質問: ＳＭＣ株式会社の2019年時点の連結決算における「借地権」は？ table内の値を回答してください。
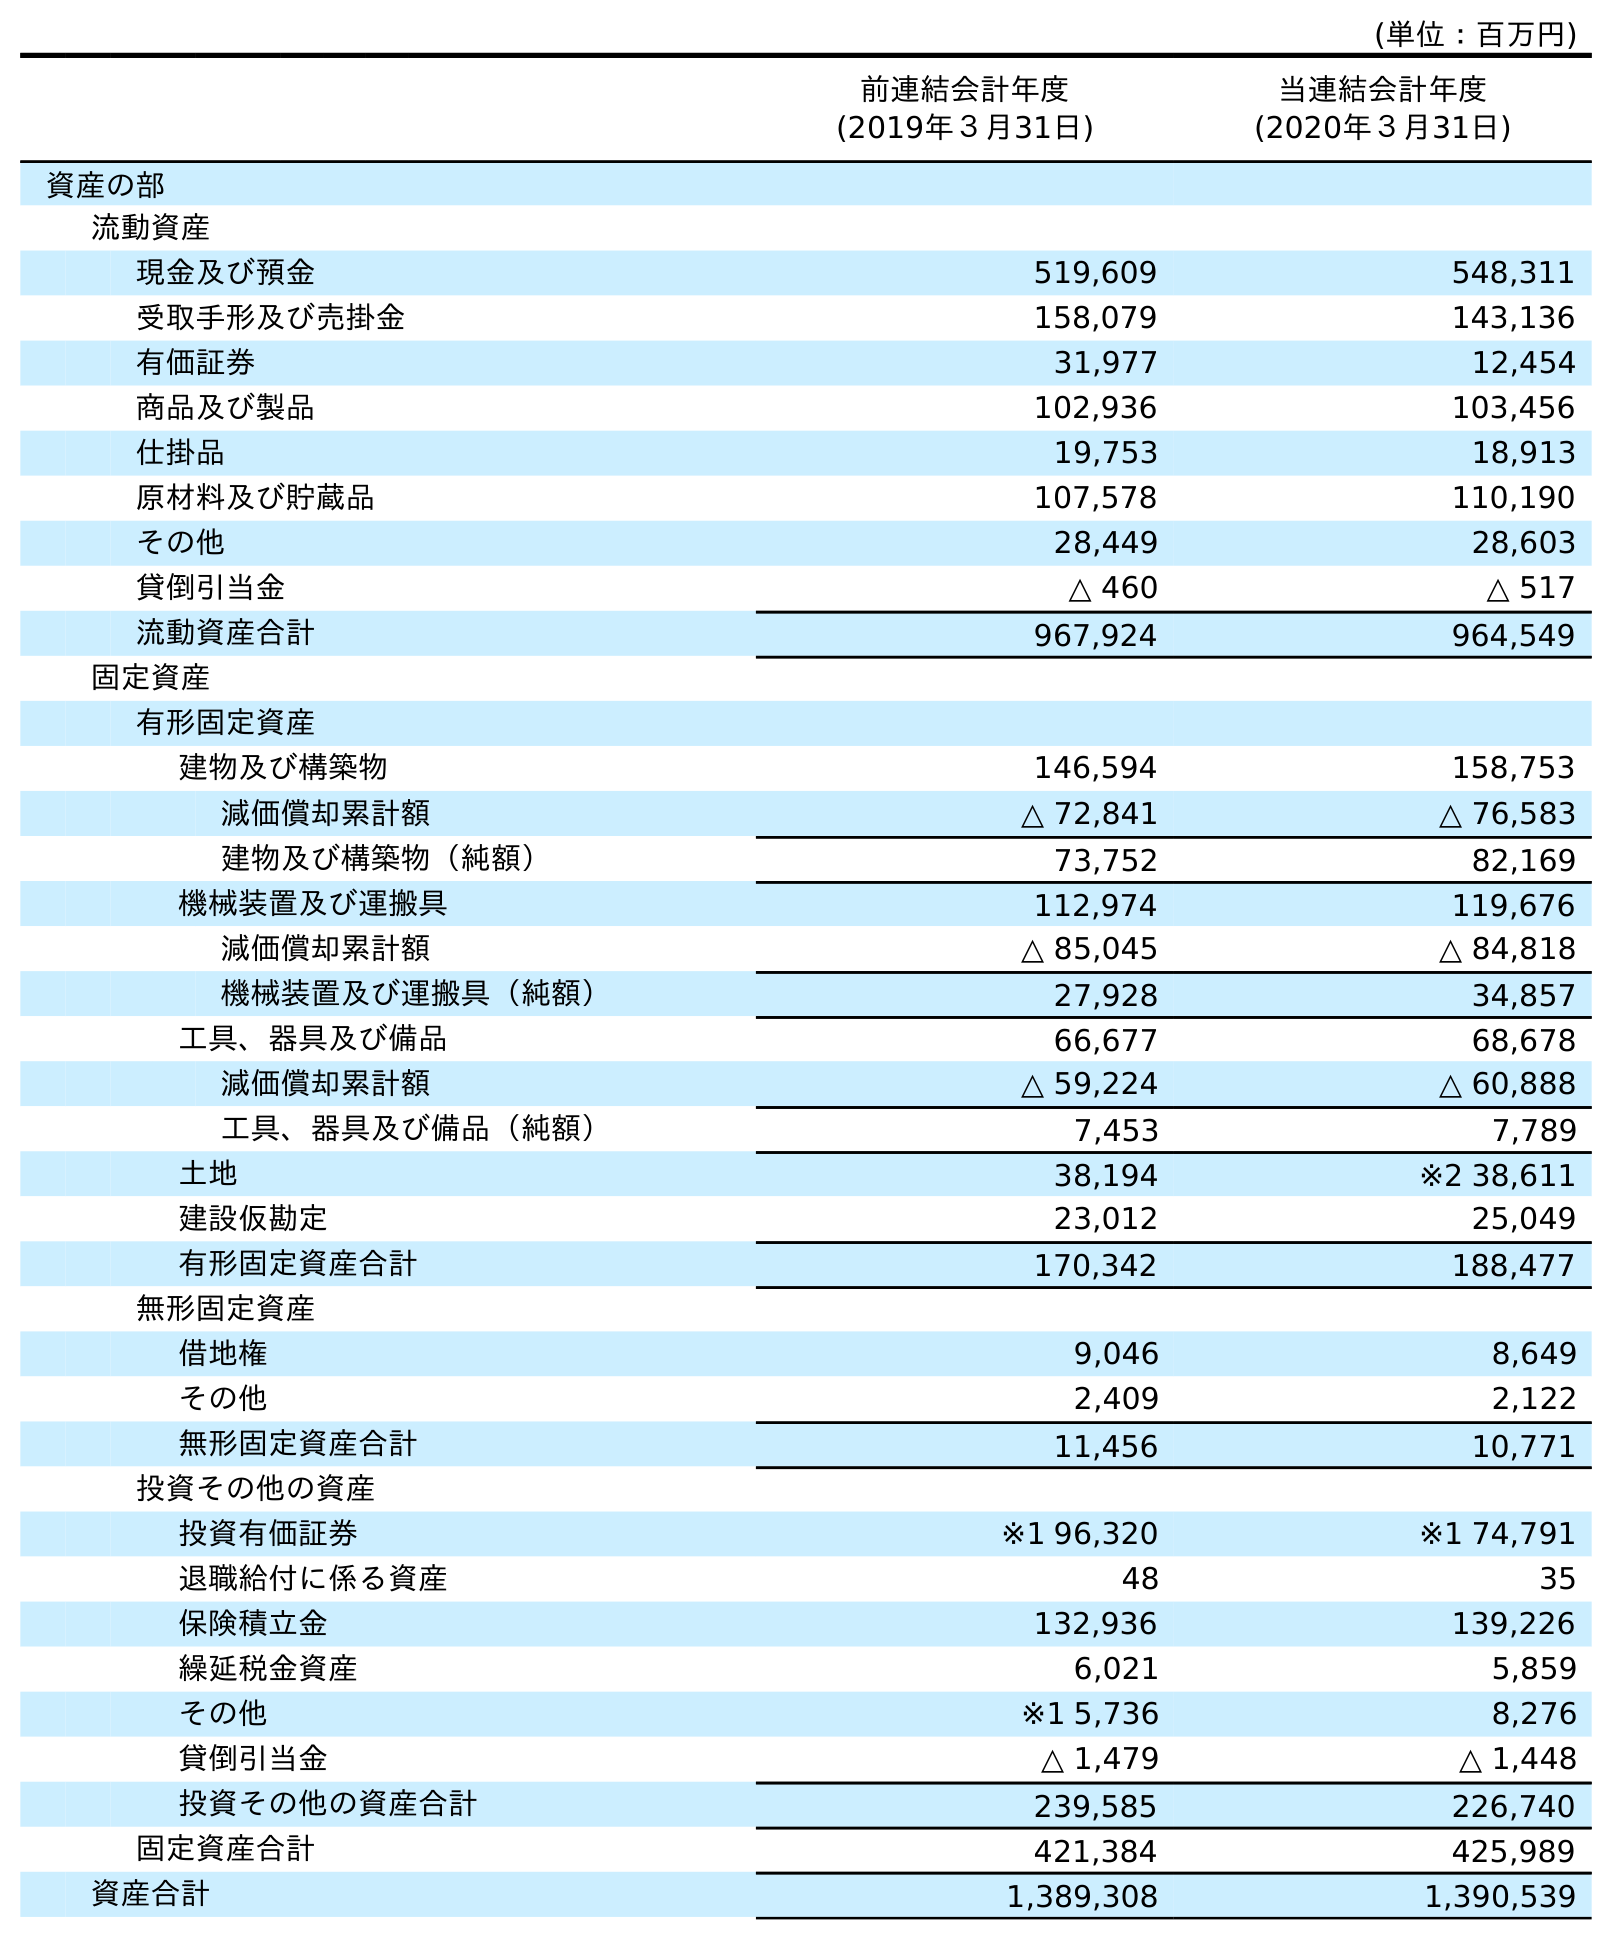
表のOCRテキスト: (単位：百万円) 前連結会計年度 (2019年３月31日) 当連結会計年度 (2020年３月31日) 資産の部 流動資産 現金及び預金 519,609 548,311 受取手形及び売掛金 158,079 143,136 有価証券 31,977 12,454 商品及び製品 102,936 103,456 仕掛品 19,753 18,913 原材料及び貯蔵品 107,578 110,190 その他 28,449 28,603 貸倒引当金 △ 460 △ 517 流動資産合計 967,924 964,549 固定資産 有形固定資産 建物及び構築物 146,594 158,753 減価償却累計額 △ 72,841 △ 76,583 建物及び構築物（純額） 73,752 82,169 機械装置及び運搬具 112,974 119,676 減価償却累計額 △ 85,045 △ 84,818 機械装置及び運搬具（純額） 27,928 34,857 工具、器具及び備品 66,677 68,678 減価償却累計額 △ 59,224 △ 60,888 工具、器具及び備品（純額） 7,453 7,789 土地 38,194 ※2 38,611 建設仮勘定 23,012 25,049 有形固定資産合計 170,342 188,477 無形固定資産 借地権 9,046 8,649 その他 2,409 2,122 無形固定資産合計 11,456 10,771 投資その他の資産 投資有価証券 ※1 96,320 ※1 74,791 退職給付に係る資産 48 35 保険積立金 132,936 139,226 繰延税金資産 6,021 5,859 その他 ※1 5,736 8,276 貸倒引当金 △ 1,479 △ 1,448 投資その他の資産合計 239,585 226,740 固定資産合計 421,384 425,989 資産合計 1,389,308 1,390,539
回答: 9,046